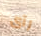
رآى